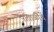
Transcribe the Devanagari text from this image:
पाताळींचें